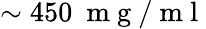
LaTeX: \sim 450~\mathrm{~m~g~/~m~l~}